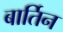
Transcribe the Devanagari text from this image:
बार्तिन